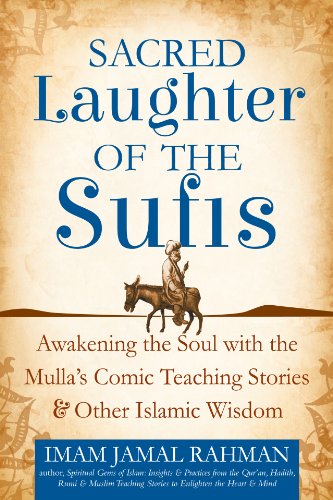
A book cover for Sacred Laughter of the Sufis: Awakening the Soul with the Mulla's Comic Teaching Stories and Other Islamic Wisdom; Imam Jamal Rahman; Religion & Spirituality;